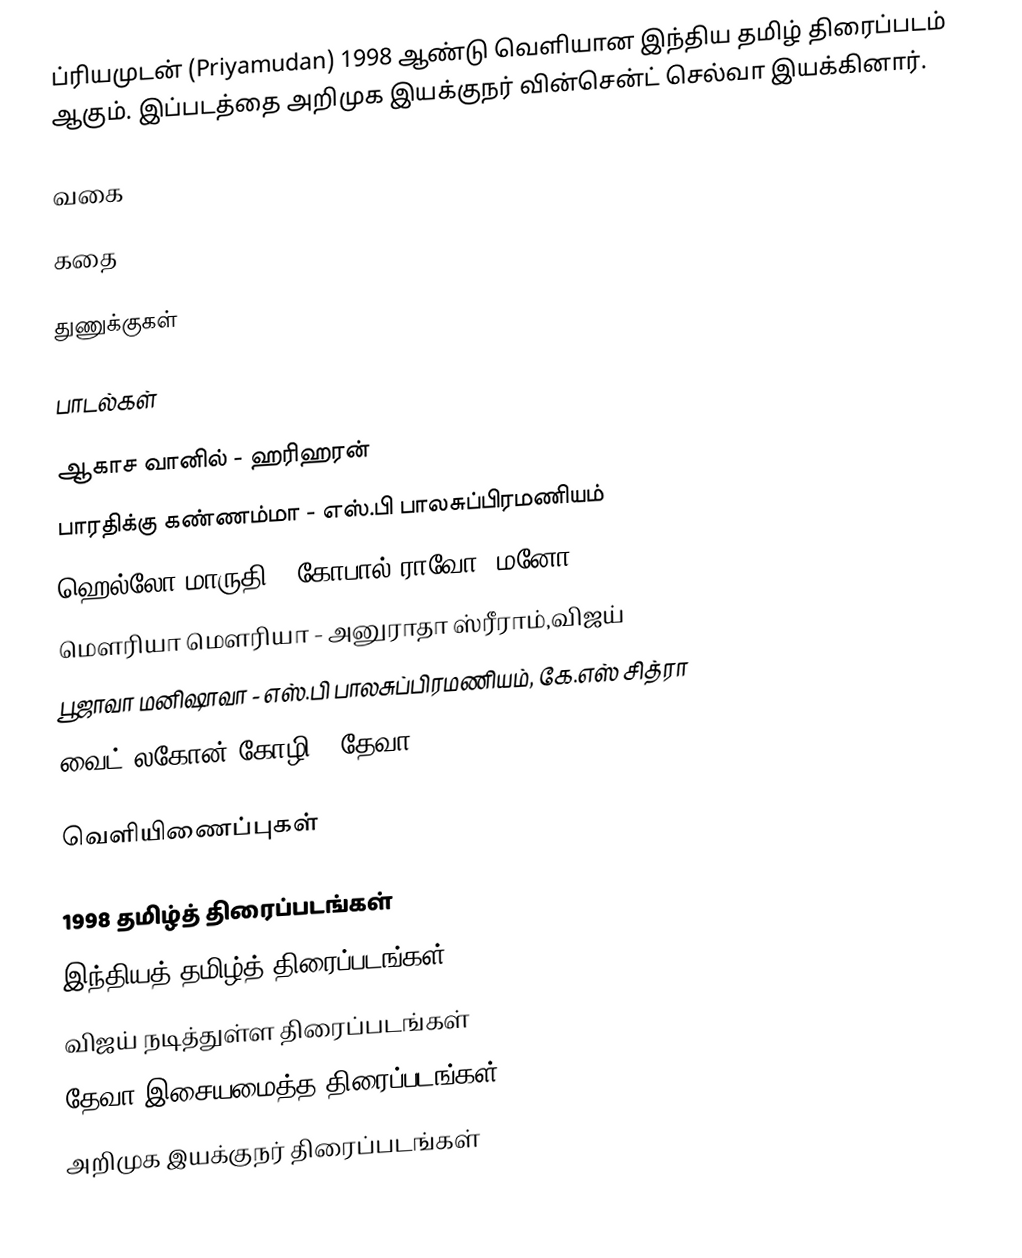
ப்ரியமுடன் (Priyamudan) 1998 ஆண்டு வெளியான இந்திய தமிழ் திரைப்படம் ஆகும். இப்படத்தை  அறிமுக இயக்குநர் வின்சென்ட் செல்வா இயக்கினார்.

வகை

கதை

துணுக்குகள்

பாடல்கள்

ஆகாச வானில் - ஹரிஹரன்
பாரதிக்கு கண்ணம்மா - எஸ்.பி பாலசுப்பிரமணியம்
ஹெல்லோ மாருதி - கோபால் ராவோ, மனோ
மௌரியா மௌரியா - அனுராதா ஸ்ரீராம்,விஜய்
பூஜாவா மனிஷாவா - எஸ்.பி பாலசுப்பிரமணியம், கே.எஸ் சித்ரா
வைட் லகோன் கோழி - தேவா

வெளியிணைப்புகள்

1998 தமிழ்த் திரைப்படங்கள்
இந்தியத் தமிழ்த் திரைப்படங்கள்
விஜய் நடித்துள்ள திரைப்படங்கள்
தேவா இசையமைத்த திரைப்படங்கள்
அறிமுக இயக்குநர் திரைப்படங்கள்